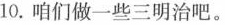
10.咱们做一些三明治吧。